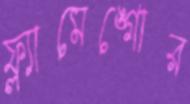
ফ্ল্যামেঙ্গোর